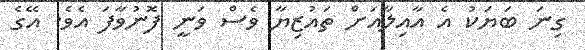
ގިނަ ބަޔަކު އެ އާއިލާއަށް ތައުޒިޔާ ވެސް ވަނީ ފޮނުވާފަ އެވެ. އޭގެ